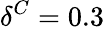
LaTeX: \delta^{C}=0.3